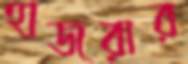
হাজরার